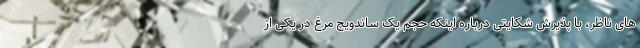
های ناظر، با پذیرش شکایتی درباره اینکه حجم یک ساندویچ مرغ در یکی از